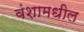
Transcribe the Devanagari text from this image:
वंशामधील